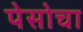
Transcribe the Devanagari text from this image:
पेसोचा